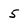
Character: 5